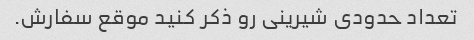
تعداد حدودی شیرینی رو ذکر کنید موقع سفارش.